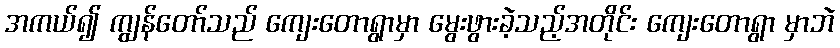
အကယ်၍ ကျွန်တော်သည် ကျေးတောရွာမှာ မွေးဖွားခဲ့သည့်အတိုင်း ကျေးတောရွာ မှာဘဲ